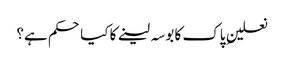
نعلینِ پاک کا بوسہ لینے کا کیا حکم ہے؟